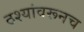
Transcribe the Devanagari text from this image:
ठश्यांवरूनच